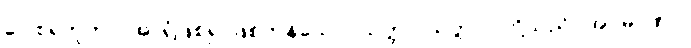
ဂေါစရဘူတာ၊ အာရုံဖြစ်၍ ဖြစ်ကုန်သော။ သတ္တာ၊ သတ္တာဝါတို့သည်။ အပ္ပမာဏာ၊